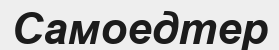
Самоедтер